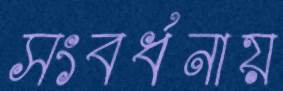
সংবর্ধনায়